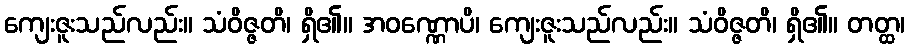
ကျေးဇူးသည်လည်း။ သံဝိဇ္ဇတိ၊ ရှိ၏။ အဝဏ္ဏောပိ၊ ကျေးဇူးသည်လည်း။ သံဝိဇ္ဇတိ၊ ရှိ၏။ တတ္ထ၊